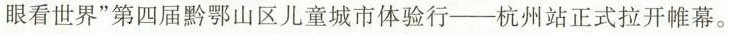
眼看世界”第四届黔鄂山区儿童城市体验行-杭州站正式拉开帷幕。